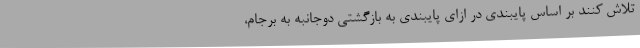
تلاش کنند بر اساس پایبندی در ازای پایبندی به بازگشتی دوجانبه به برجام،